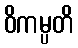
ဝိကမ္ပတိ